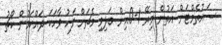
ސައުތެމްޓަން އަތުން މިރޭ 1-0އިން ބަލިވި މެޗަށް ފަހު ވާހަކަ ދައްކަމުން ކޯޗު